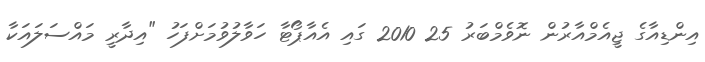
އިންޑިއާގެ ޖީއެމްއާރުން ނޮވެމްބަރު 25 2010 ގައި އެއާޕޯޓާ ހަވާލުވުމަށްފަހު "އިދާރީ މައްސަލައަކާ